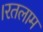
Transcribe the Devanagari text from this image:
।रतलाम